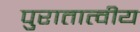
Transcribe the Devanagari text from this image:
पुरातात्वीय